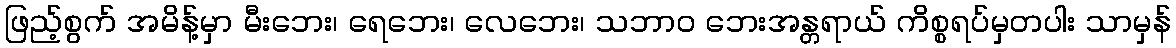
ဖြည့်စွက် အမိန့်မှာ မီးဘေး၊ ရေဘေး၊ လေဘေး၊ သဘာ၀ ဘေးအန္တရာယ် ကိစ္စရပ်မှတပါး သာမှန်